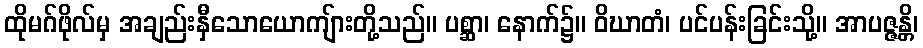
ထိုမဂ်ဖိုလ်မှ အချည်းနှီသောယောကျ်ားတို့သည်။ ပစ္ဆာ၊ နောက်၌။ ဝိဃာတံ၊ ပင်ပန်းခြင်းသို့။ အာပဇ္ဇန္တိ၊